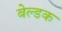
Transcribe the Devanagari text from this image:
बेल्डक